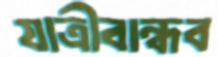
যাত্রীবান্ধব